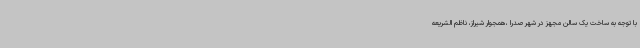
با توجه به ساخت یک سالن مجهز در شهر صدرا ،همجوار شیراز، ناظم الشریعه